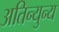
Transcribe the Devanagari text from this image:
अतिन्युन्य